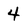
Character: 4